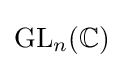
{\text{GL}}_{n}(\mathbb {C} )